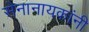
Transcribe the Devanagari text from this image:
सेनानायकांनी